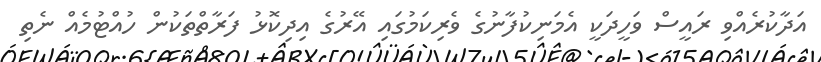
އަދާކުރެއްވި ރައީސް ވަހީދަކީ އެމަނިކުފާނުގެ ވެރިކަމުގައި އޭރުގެ އިދިކޮޅު ފަރާތްތަކުން ހުއްޓުމެއް ނެތި